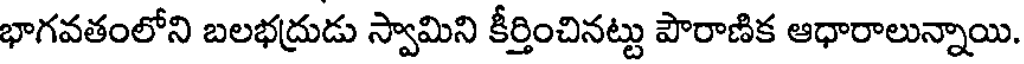
భాగవతంలోని బలభద్రుడు స్వామిని కీర్తించినట్టు పౌరాణిక ఆధారాలున్నాయి.